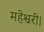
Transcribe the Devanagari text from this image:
महेश्वरी।